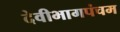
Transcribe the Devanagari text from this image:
देवीभागपंचम